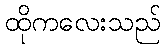
ထိုကလေးသည်